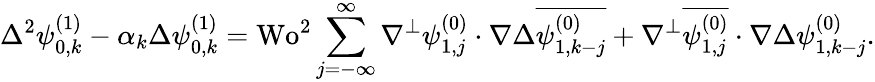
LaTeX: \Delta^{2}\psi_{0,k}^{(1)}-\alpha_{k}\Delta\psi_{0,k}^{(1)}=\textrm{Wo}^{2}\sum_{j=-\infty}^{\infty}\nabla^{\perp}\psi_{1,j}^{(0)}\cdot\nabla\Delta\overline{{\psi_{1,k-j}^{(0)}}}+\nabla^{\perp}\overline{{\psi_{1,j}^{(0)}}}\cdot\nabla\Delta\psi_{1,k-j}^{(0)}.